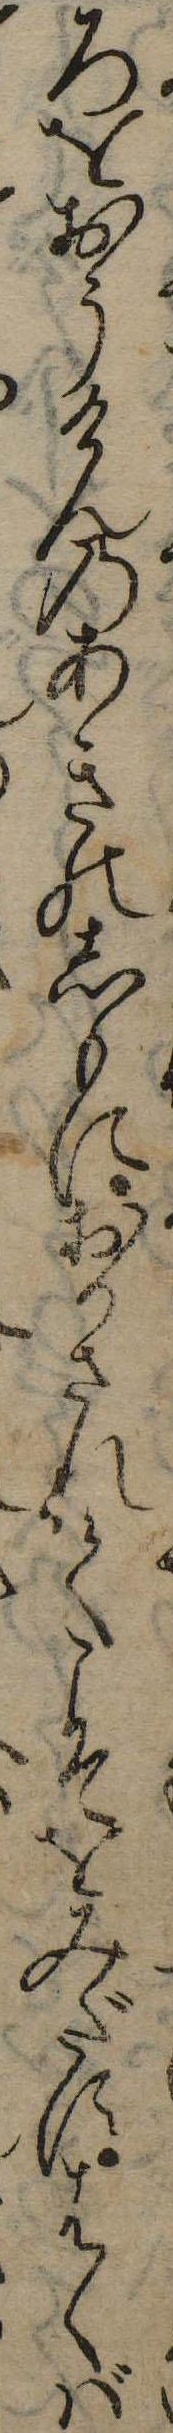
ろをおうけんのあきのしもにおかされてこそをみだすはくば